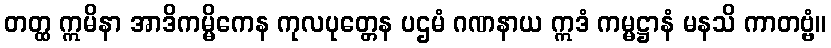
တတ္ထ ဣမိနာ အာဒိကမ္မိကေန ကုလပုတ္တေန ပဌမံ ဂဏနာယ ဣဒံ ကမ္မဋ္ဌာနံ မနသိ ကာတဗ္ဗံ။